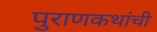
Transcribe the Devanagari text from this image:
पुराणकथांची